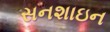
સનશાઇન